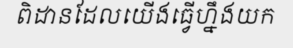
ពិដានដែលយើងធ្វើហ្នឹងយក